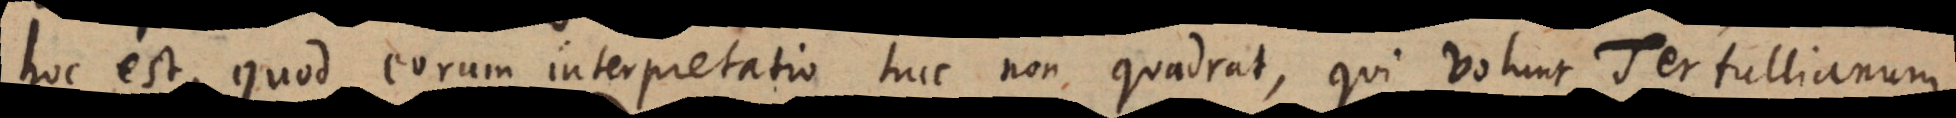
hoc est, quod eorum interpretatio huc non quadrat, qui volunt Tertullianum